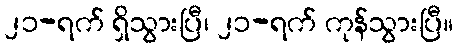
၂၁-ရက် ရှိသွားပြီ၊ ၂၁-ရက် ကုန်သွားပြီ။